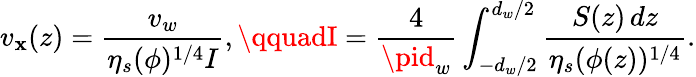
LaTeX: v_{\mathbf{x}}(z)=\frac{{v_{w}}}{{\eta_{s}(\phi)^{1/4}I}},\qquadI=\frac{{4}}{{\pid_{w}}}\int_{-d_{w}/2}^{d_{w}/2}\frac{{S(z)\, dz}}{{\eta_{s}(\phi(z))^{1/4}}}.